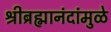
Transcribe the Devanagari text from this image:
श्रीब्रह्मानंदांमुळे